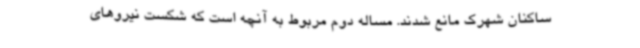
ساکنان شهرک مانع شدند. مساله دوم مربوط به آنچه است که شکست نیروهای